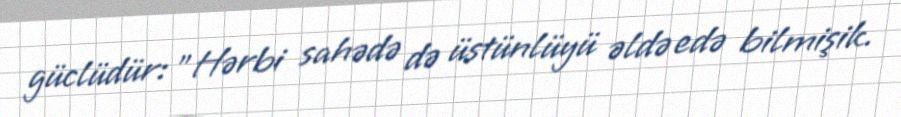
güclüdür: "Hərbi sahədə də üstünlüyü əldə edə bilmişik.